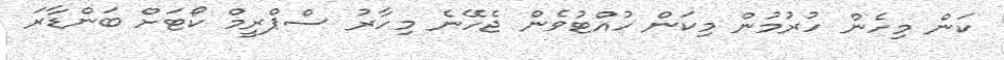
ކަން މިހެން ހުރުމުން މިކަން ހުއްޓުވެން ޖެހޭނެ މިހާރު ސްޕްރީމް ކޯޓަށް ބަންޑާރަ